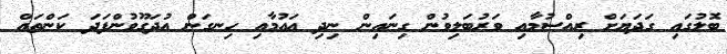
ބޮލުގައި ގަދަޔަށް ރިއްސުމާއި ވަރުބަލިވުން ގިނައިން ނިދި އައުމާއި ހިނގަން އުދަގޫވުންފަދަ ކަންތައް